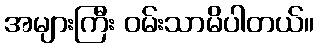
အများကြီး ဝမ်းသာမိပါတယ်။